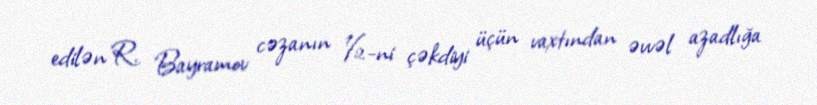
edilən R. Bayramov cəzanın ½-ni çəkdiyi üçün vaxtından əvvəl azadlığa